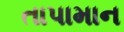
તાપામાન